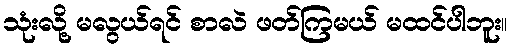
သုံးလို့ မလွယ်ရင် စာလဲ ဖတ်ကြမယ် မထင်ပါဘူး။